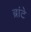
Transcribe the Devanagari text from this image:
ब्रांटे